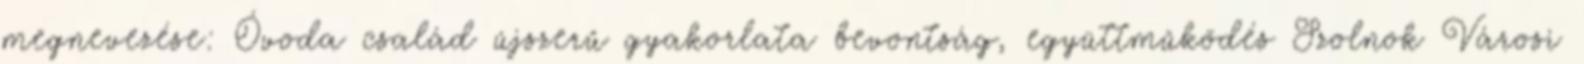
megnevezése: Óvoda család újszerű gyakorlata bevontság, együttműködés Szolnok Városi